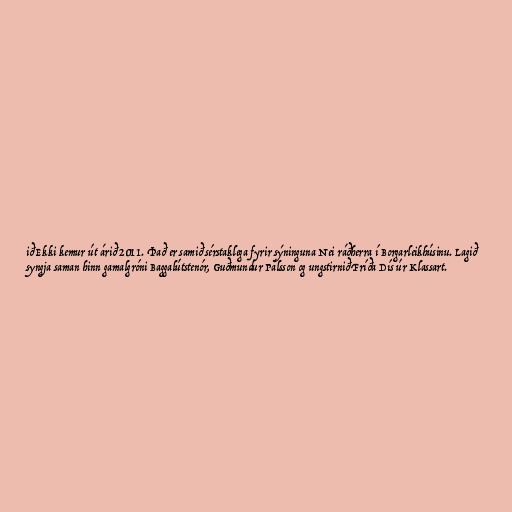
ið Ekki kemur út árið 2011. Það er samið sérstaklega fyrir sýninguna Nei ráðherra í Borgarleikhúsinu. Lagið
syngja saman hinn gamalgróni Baggalútstenór, Guðmundur Pálsson og ungstirnið Fríða Dís úr Klassart.